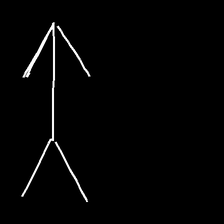
Glyph: gather